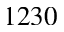
1 2 3 0